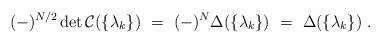
LaTeX: \begin{align*}(-)^{N/2}\det \mathcal{C}(\{\lambda_k\}) ~=~ (-)^N \Delta(\{\lambda_k\}) ~=~ \Delta(\{\lambda_k\}) ~.\end{align*}